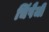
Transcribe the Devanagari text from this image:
चिंपैजी